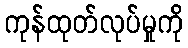
ကုန်ထုတ်လုပ်မှုကို